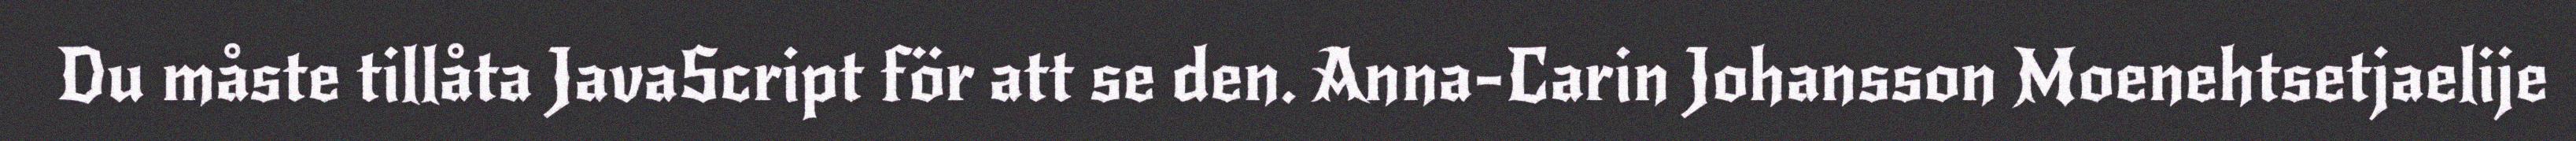
Du måste tillåta JavaScript för att se den. Anna-Carin Johansson Moenehtsetjaelije